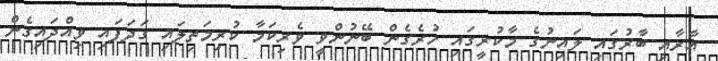
އާރާއި ބާރުގައި ލައިނުގެ މާކުރީގައި ހުރެގެން ބޭނުންވީ ވެރިކަމާ ކުރިމަތިލައި ގަދަފައި ވިއްދައިގެން